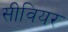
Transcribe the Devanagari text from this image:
सीवियर